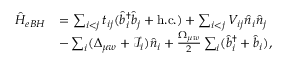
\begin{array} { r l } { \hat { H } _ { e B H } } & { = \sum _ { i < j } t _ { i j } ( \hat { b } _ { i } ^ { \dagger } \hat { b } _ { j } + \mathrm { h . c . } ) + \sum _ { i < j } V _ { i j } \hat { n } _ { i } \hat { n } _ { j } } \\ & { - \sum _ { i } ( \Delta _ { \mu w } + \mathcal { I } _ { i } ) \hat { n } _ { i } + \frac { \Omega _ { \mu w } } { 2 } \sum _ { i } ( \hat { b } _ { i } ^ { \dagger } + \hat { b } _ { i } ) , } \end{array}